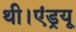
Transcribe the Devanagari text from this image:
थी।एंड्रयू